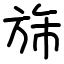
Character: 旆